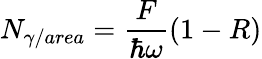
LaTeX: N_{\gamma/area}=\frac{F}{\hbar\omega}(1-R)